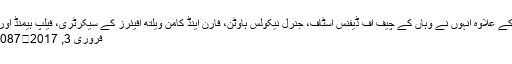
اس کے علاوہ انہوں نے وہاں کے چیف آف ڈیفنس اسٹاف، جنرل نیکولس ہاؤٹن، فارن اینڈ کامن ویلتھ افیئرز کے سیکرٹری، فیلپ ہیمنڈ اور …
فروری 3, 2017	13,087